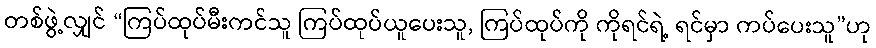
တစ်ဖွဲ့လျှင် “ကြပ်ထုပ်မီးကင်သူ ကြပ်ထုပ်ယူပေးသူ, ကြပ်ထုပ်ကို ကိုရင်ရဲ့ ရင်မှာ ကပ်ပေးသူ”ဟု